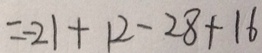
= - 2 1 + 1 2 - 2 8 + 1 6